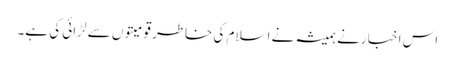
اس اخبا رنے ہمیشہ نے اسلام کی خاطر قومیتوں سے لڑائی کی ہے۔